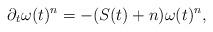
LaTeX: \begin{align*}\partial_t\omega(t)^n=-(S(t)+n)\omega(t)^n,\end{align*}